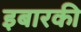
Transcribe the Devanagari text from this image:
इबारकी